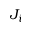
J _ { i }